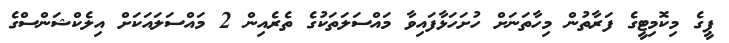
ޕީގެ މިކޮމިޓީގެ ފަރާތުން މިހާތަނަށް ހުށަހަޅާފައިވާ މައްސަލަތަކުގެ ތެރެއިން 2 މައްސަލައަކަށް އިލެކްޝަންސްގެ